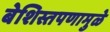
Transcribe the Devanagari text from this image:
बेशिस्तपणामुळे